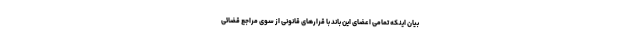
بیان اینکه تمامی اعضای این باند با قرارهای قانونی از سوی مراجع قضائی